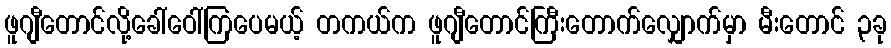
ဖူဂျီတောင်လို့ခေါ်ဝေါ်ကြပေမယ့် တကယ်က ဖူဂျီတောင်ကြီးတောက်လျှောက်မှာ မီးတောင် ၃ခု